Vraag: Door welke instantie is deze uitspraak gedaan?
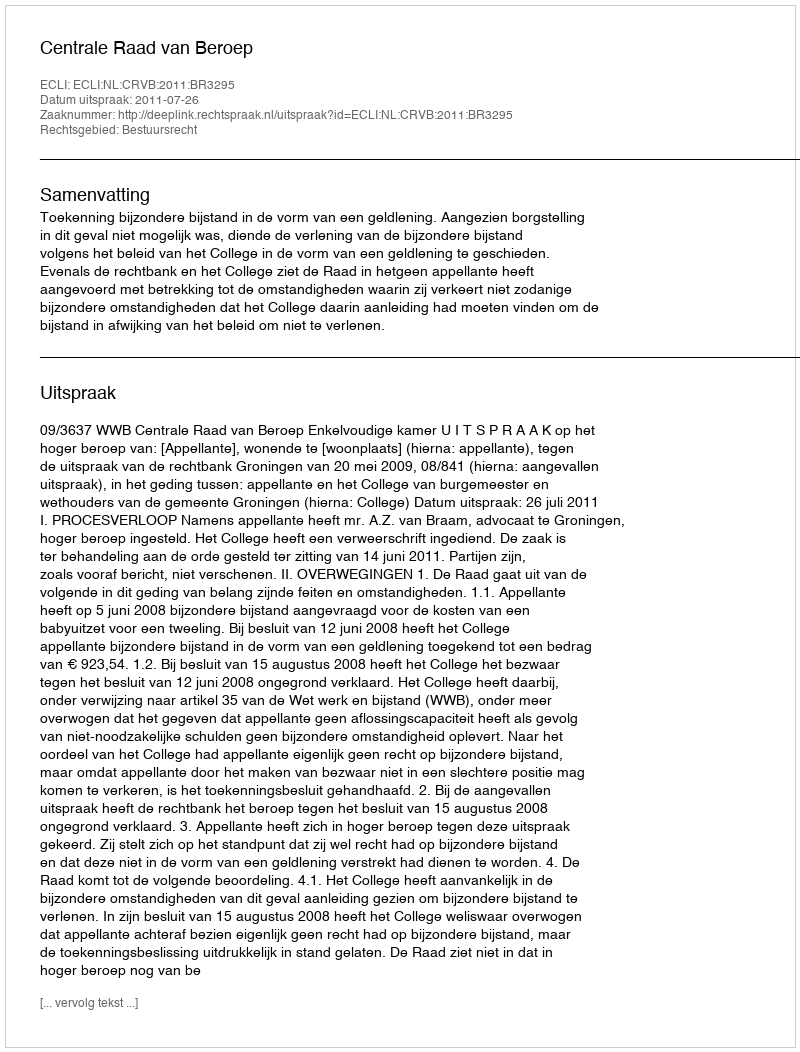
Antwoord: Centrale Raad van Beroep